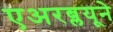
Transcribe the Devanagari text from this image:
एअरब्लयूने